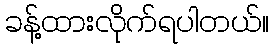
ခန့်ထားလိုက်ရပါတယ်။